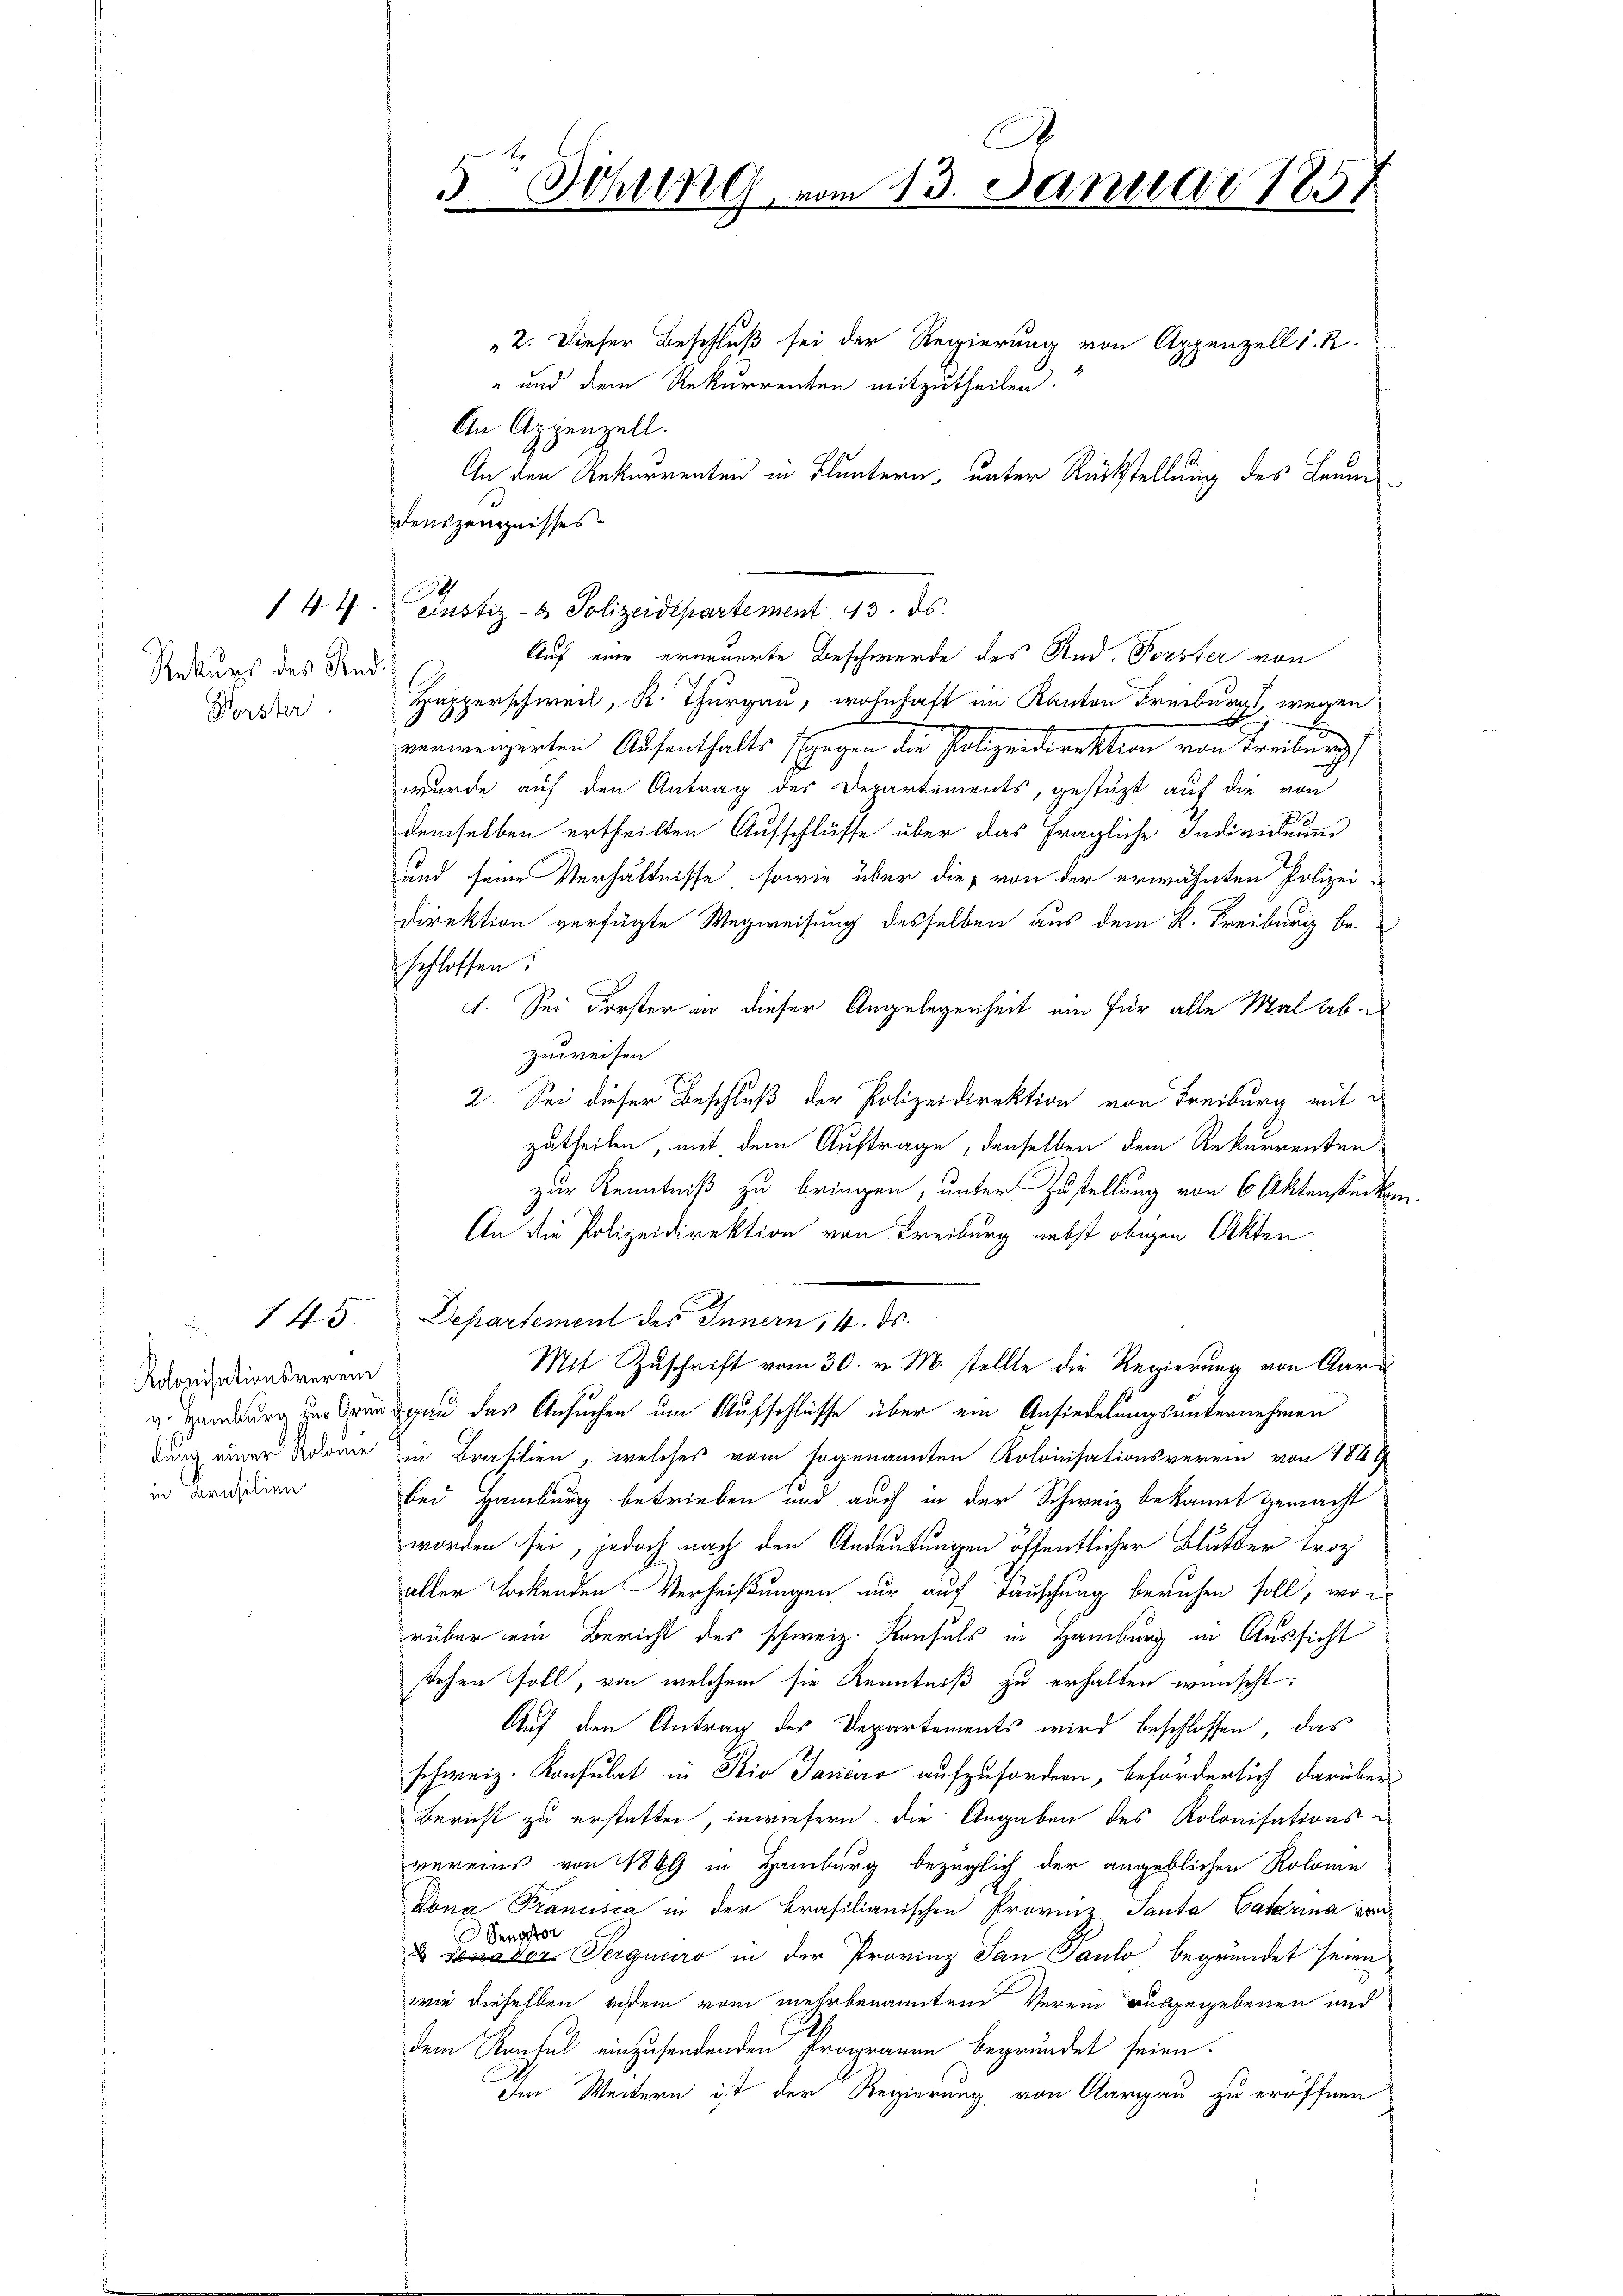
Rekurs des Sand¬
Forster

Kolonisationsverein

145.

2. Dieser Beschluß sei der Regierung von Appenzell I. R.
" und dem Rekurrenten mitzutheilen.
An Appenzell.
An den Ankaurenten in Fluntern, unter Rückstellung des Leum
denszeugnisses.
Auf eine erneuerte Beschwerde des And. Forster von
Happerschweil, R. Thurgau, wohnhaft im Kanton Freiburgs, wegen
x
verweigerten Aufenthalts gegen die Polizeidirektion von Treiburg
wurde auf den Antrag des Departements, gestüzt auf die von
demselben ertheilten Aufschlüsse über das fragliche Individuum
und seine Verhältnisse, sowie über die von der erwähnten Polizei¬
Direktion verfügte Wegweisung desselben aus dem K. Freiburg beschlossen:
1. Sei Forster in dieser Angelegenheit ein für alle Mal abe
zuweisen
2. Sei dieser Beschluß der Polizeidirektion von Freiburg mit d
zutheilen, mit dem Auftrage, denselben dem Rekurrenten
zur Kenntniß zu bringen, unter Zustellung von 6 Aktenstücken
An die Polizeidirektion von Freiburg nebst obigen Akten
Departement des Innern, 4. ds.
Mit Zuschrift vom 30. v. M. stellte die Regierung von Aara
v. Handlung zur Grundgan das Ansuchen um Aufschlüsse über ein Ansiedelungsunternehmen
dung einer Name in Brasilien, welches vom sogenannten Kolonisationsverein von 184 f
in deresien bei Hamburg betrieben und auch in der Schweiz bekannt gemacht.
worden sei, jedoch nach den Andeutungen öffentlicher Blätter trot
aller lockenden Verheißungen nur auf Täuschung beruhen soll, wor
rüber ein Bericht des schweiz. Konsuls in Hamburg in Aussicht
stehen soll, von welchem sie Kenntniß zu erhalten wünscht.
Auf den Antrag des Departements wird beschlossen, das
schweiz. Konsulat in Rio Jarico aufzufordern, beförderlich darüber
Bericht zu erstatten, inwiefern die Angaben des Kolonisationsvereins von 1849 in Hamburg bezüglich der angeblichen Kolome
Dona Francisca in der Brasilianischen Provinz Santa Catarina ver¬
 Pergnaro in der Provinz San Paulo begründet seien
wie dieselben eindem vom mehrbenannten Verein ausgegebenen und
dem Konsul einzusendenden Programen begründet seien.
Im Weitern ist der Regierung von Aargau zu eröffnen

J
5 Sitzung vom 13. Januar 1857

144. Justiz- & Polizeidepartement 13. ds.